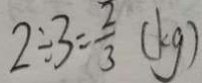
2 \div 3 = \frac { 2 } { 3 } ( k g )